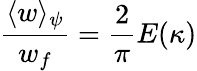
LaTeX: \frac{\langle w\rangle_{\psi}}{w_{f}}=\frac{2}{\pi}E(\kappa)